Lunatic asylums in Bengal annual reports 1912-1924 - 1912-1924
Year: 1912
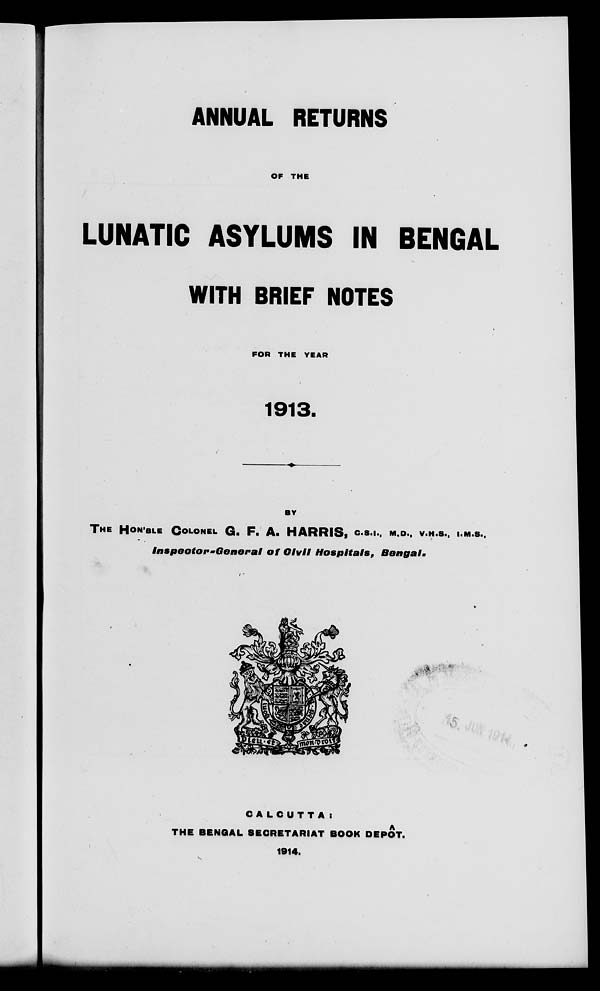
ANNUAL RETURNS
OF THE
LUNATIC ASYLUMS IN BENGAL
WITH BRIEF NOTES
FOR THE YEAR
1913.
BY
THE HON'BLE COLONEL G. F. A. HARRIS, C.S.I., M.D., V.H.S., I.M.S.,
lnspector-General
of Civil Hospitals,
Bengal.
CALCUTTA:
THE BENGAL SECRETARIAT BOOK DEPÔT.
1914.